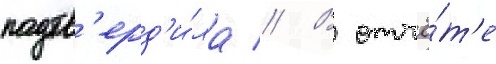
подтв'ерд'и́ла // В отчё́т'е